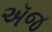
ઍજ